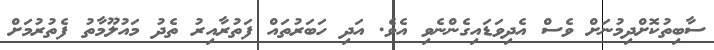
ސާބިތުކޮށްދިމުނަށް ވެސް އެދިވަޑައިގެންނެވި އެވެ. އަދި ހަބަރުތައް ފަތުރާއިރު ތެދު މައުލޫމާތު ފެތުރުމަށް